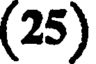
(25)